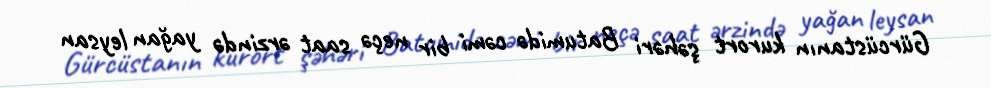
Gürcüstanın kurort şəhəri Batumidə cəmi bir neçə saat ərzində yağan leysan